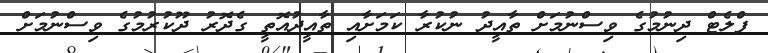
ފްލެޓް ދިނުމުގެ ވިސްނުމަށް ތާއީދު ނުކުރާ ކަމަށާއި ތާއީދުއޮތީ ގެދޮރު ދޫކުރުމުގެ ވިސްނުމަށް